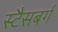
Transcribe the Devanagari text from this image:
स्टैसबर्ग